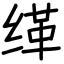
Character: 缂